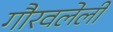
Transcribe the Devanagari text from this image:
गौरवलेली